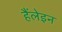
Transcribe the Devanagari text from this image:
हैंलेइन